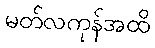
မတ်လကုန်အထိ